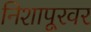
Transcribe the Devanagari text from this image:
निशापूरवर